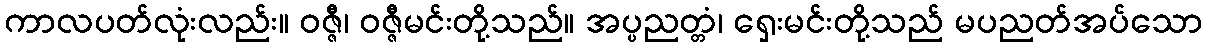
ကာလပတ်လုံးလည်း။ ဝဇ္ဇီ၊ ဝဇ္ဇီမင်းတို့သည်။ အပ္ပညတ္တံ၊ ရှေးမင်းတို့သည် မပညတ်အပ်သော